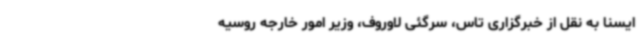
ایسنا به نقل از خبرگزاری تاس، سرگئی لاوروف، وزیر امور خارجه روسیه